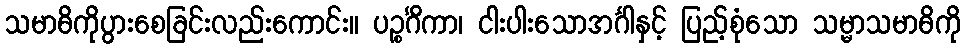
သမာဓိကိုပွားစေခြင်းလည်းကောင်း။ ပဉ္စင်္ဂိကာ၊ ငါးပါးသောအင်္ဂါနှင့် ပြည့်စုံသော သမ္မာသမာဓိကို